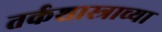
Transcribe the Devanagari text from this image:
तर्कशास्त्राच्या